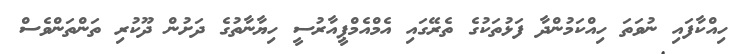
ހިއްކާފައި ނުވަތަ ހިއްކަމުންދާ ފަޅުތަކުގެ ތެރޭގައި އެމްއެމްޕީއާރުސީ ހިޔާނާތުގެ ދަށުން ދޫކުރި ތަންތަންވެސް